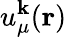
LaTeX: u_{\mu}^{\mathbf{k}}(\mathbf{r})